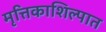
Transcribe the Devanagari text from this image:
मृत्तिकाशिल्पात